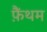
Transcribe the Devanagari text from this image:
फ़ैंथम